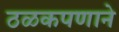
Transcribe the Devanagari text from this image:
ठळकपणाने